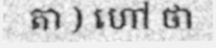
តា ) ហៅ ថា